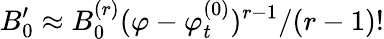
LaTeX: B_{0}^{\prime}\approx B_{0}^{(r)}(\varphi-\varphi_{t}^{(0)})^{r-1}/(r-1)!